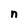
Character: n